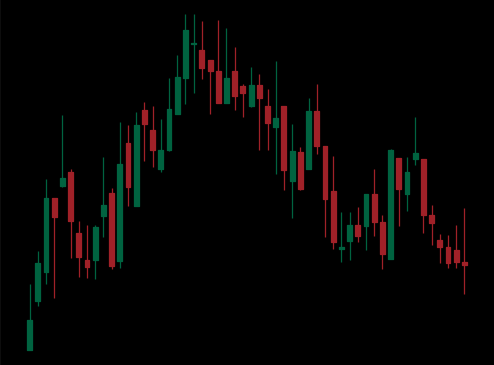
Pattern: head_shoulders